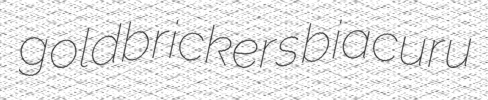
goldbrickers biacuru